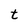
Character: t